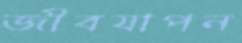
জীবযাপন